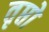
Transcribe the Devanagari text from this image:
तृप्तो